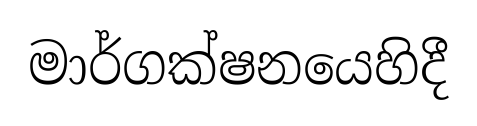
මාර්ගක්ෂනයෙහිදී